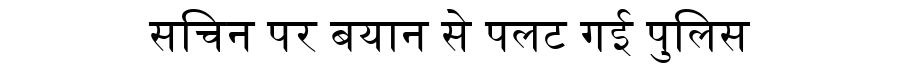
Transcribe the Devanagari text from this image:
सचिन पर बयान से पलट गई पुलिस